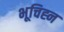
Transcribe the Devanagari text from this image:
भूचिह्न